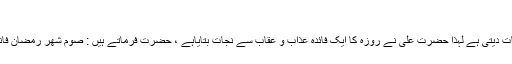
(١٠)
چونکہ روزہ قیامت کی یاد کا سبب ہے اور قیامت کی یاد انسان کو جہنم سے نجات دیتی ہے لہذا حضرت علی نے روزہ کا ایک فائدہ عذاب و عقاب سے نجات بتایاہے ، حضرت فرماتے ہیں : صوم شھر رمضان فانہ جنة من العقاب ''ماہ مبارک رمضان کا روزہ عذاب کے مقابلے میں سپر ہے ''۔